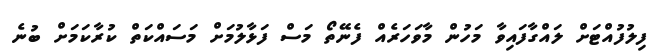
ފިލުފުއްޓަށް ލައްގާފައިވާ މަހުން މާވަހަރެއް ފެނޭތޯ މަސް ފަޅާލުމަށް މަސައްކަތް ކުރާކަމަށް ބުނެ